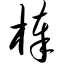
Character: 棒